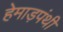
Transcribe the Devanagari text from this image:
हेमाड़पंथी